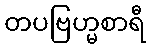
တပဗြဟ္မစာရီ